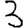
Digit: 3